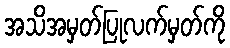
အသိအမှတ်ပြုလက်မှတ်ကို